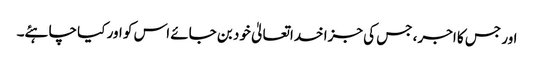
اور جس کا اجر، جس کی جزا خداتعالیٰ خود بن جائے اس کو اور کیا چاہئے۔